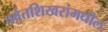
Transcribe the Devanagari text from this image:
पर्वतशिखरांमधील